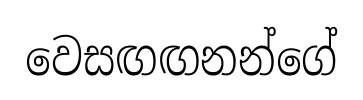
වෙසඟඟනන්ගේ